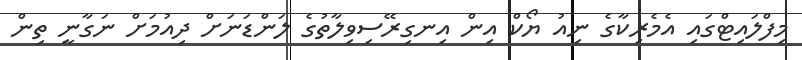
މިފްލައިޓްގައި އެމެރިކާގެ ނިއު ޔޯކް އިން އިނގިރޭސިވިލާތުގެ ލަންޑަނަށް ދިއުމަށް ނަގާނީ ތިން